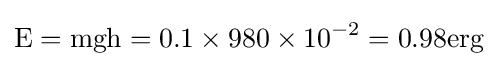
{\text{E}}={\text{mgh}}=0.1\times 980\times 10^{-2}=0.98{\text{erg}}\,\!